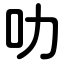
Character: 叻